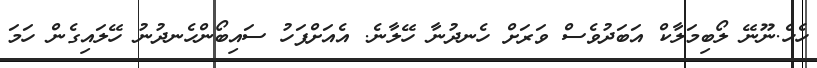
ހެހެ.ނޫނޭ ލޯބިމަލާކް އަބަދުވެސް ވަރަށް ހެނދުނާ ހޭލާނެ. އެއަށްފަހު ސައިބޯންހެނދުނު ހޭލައިގެން ހަމަ